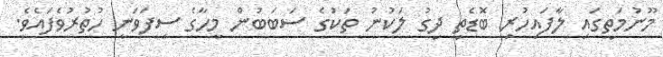
މޫނުމަތީގައި ލާފައިހުރި ބޮޑެތި ދިގު ލަކުނު ތަކުގެ ސަބަބުން މީހާގެ ސިފަވަނީ ހުތުރުވެފައެވެ.